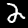
Label: 2